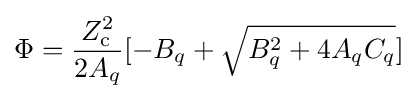
\Phi ={\frac {Z_{\text{c}}^{2}}{2A_{q}}}{[-B_{q}+{\sqrt {B_{q}^{2}+4A_{q}C_{q}}}]}